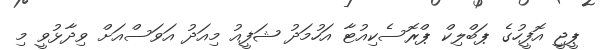
ޕީޖީ އޮފީހުގެ ޕަބްލިކް ޕްރޮސެކިއުޓާ އަހުމަދު ޝަފީއު މިއަދު އަވަސްއަށް ވިދާޅުވީ މި